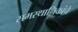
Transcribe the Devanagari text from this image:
समस्थानिकांचे